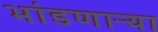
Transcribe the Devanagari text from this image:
भांडणाऱ्या